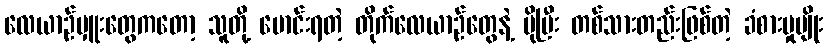
လေယာဉ်မှူးတွေကတော့ သူတို့ မောင်းရတဲ့ တိုက်လေယာဉ်တွေနဲ့ ပိုပြီး တစ်သားတည်းဖြစ်တဲ့ ခံစားမှုမျိုး